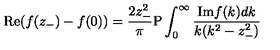
\mathrm { { R e } } ( f ( z _ { - } ) - f ( 0 ) ) = { \frac { 2 z _ { - } ^ { 2 } } { \pi } } { \mathrm { P } } \int _ { 0 } ^ { \infty } { \frac { \mathrm { { I m } } f ( k ) d k } { k ( k ^ { 2 } - z _ { - } ^ { 2 } ) } }